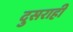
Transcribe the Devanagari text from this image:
दुसराही